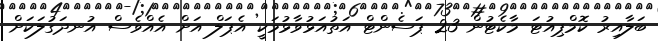
ބަލާއިރު ކޮމްޕިއުޓަ މާކެޓުން 23 ޕަސެންޓް އަތުއަޅުވާޅުމަކީ އެޕަލް އަށް އެއްވެސް އުނދަގުލަކަށް